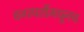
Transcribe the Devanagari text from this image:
वनस्पतींमधूनच